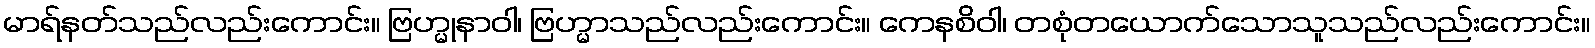
မာရ်နတ်သည်လည်းကောင်း။ ဗြဟ္မုနာဝါ၊ ဗြဟ္မာသည်လည်းကောင်း။ ကေနစိဝါ၊ တစုံတယောက်သောသူသည်လည်းကောင်း။